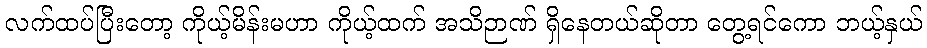
လက်ထပ်ပြီးတော့ ကိုယ့်မိန်းမဟာ ကိုယ့်ထက် အသိဉာဏ် ရှိနေတယ်ဆိုတာ တွေ့ရင်ကော ဘယ့်နှယ်